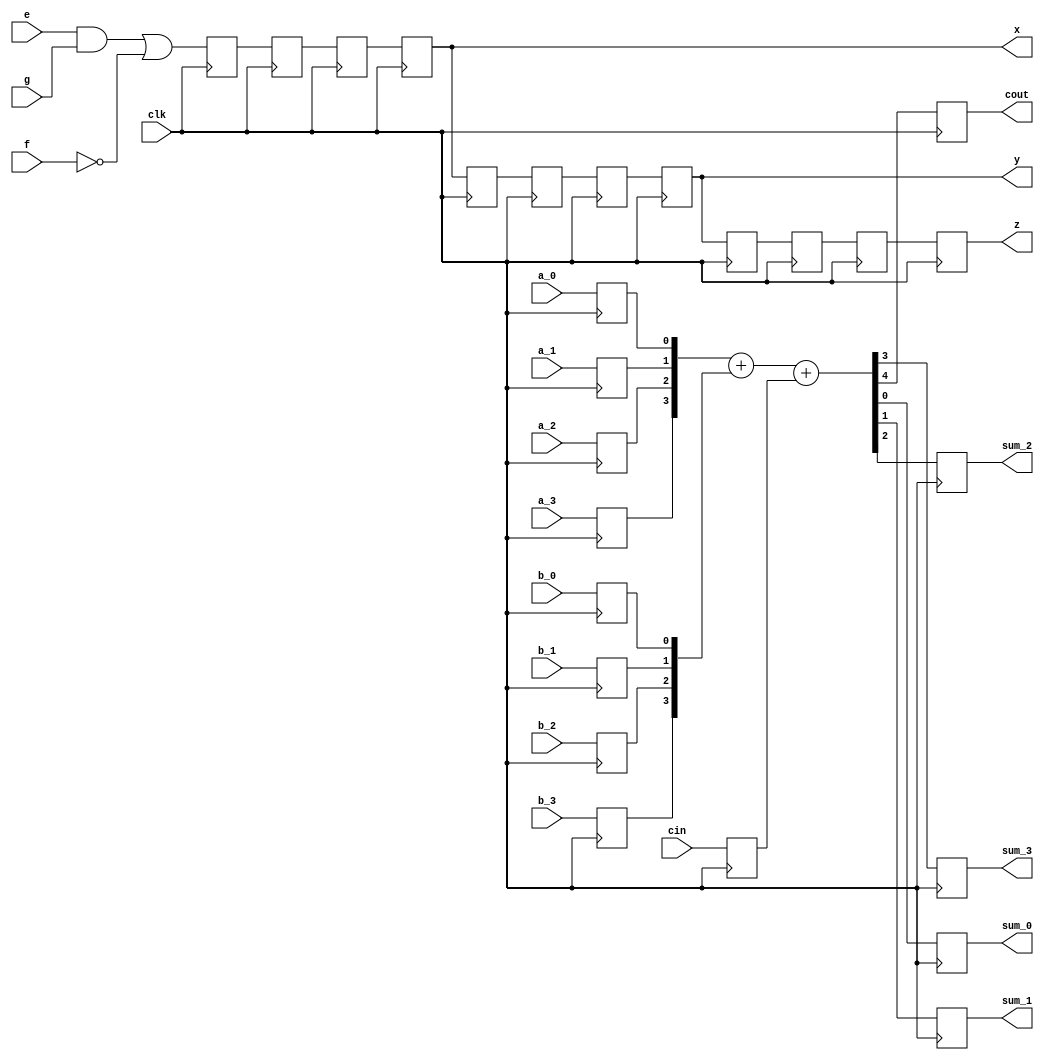
// This program was cloned from: https://github.com/lnis-uofu/OpenFPGA
// License: MIT License

////////////////////////////////////////////////////////
//                                                    //
//    Benchmark using all modes of k8 architecture    //
//                                                    //
////////////////////////////////////////////////////////

`timescale 1 ns/ 1 ps

module test_modes(
	clk,
	a_0,
	a_1,
	a_2,
	a_3,
	b_0,
	b_1,
	b_2,
	b_3,
	cin,
	e,
	f,
	g,
	sum_0,
	sum_1,
	sum_2,
	sum_3,
	cout,
	x,
	y,
	z );

	input wire clk, a_0, a_1, a_2, a_3, b_0, b_1, b_2, b_3, cin, e, f, g;
	output reg sum_0, sum_1, sum_2, sum_3, cout;
	output wire x, y, z;

	wire d0;
	wire [4:0] n0;
	wire [3:0] a, b;
	reg reg0, reg1, reg2, reg3, reg4, reg5, reg6, reg7, reg8, reg9, reg10, reg11, reg_a_0, reg_a_1, reg_a_2, reg_a_3, reg_b_0, reg_b_1, reg_b_2, reg_b_3, reg_cin;

	assign a = {reg_a_3, reg_a_2, reg_a_1, reg_a_0};
	assign b = {reg_b_3, reg_b_2, reg_b_1, reg_b_0};
	assign d0 = (e && g) || !f;
	assign n0 = a + b + reg_cin;
	assign x = reg3;
	assign y = reg7;
	assign z = reg11;

	always @(posedge clk) begin
		reg0 <= d0;
		reg1 <= reg0;
		reg2 <= reg1;
		reg3 <= reg2;
		reg4 <= reg3;
		reg5 <= reg4;
		reg6 <= reg5;
		reg7 <= reg6;
		reg8 <= reg7;
		reg9 <= reg8;
		reg10 <= reg9;
		reg11 <= reg10;
		reg_a_0 <= a_0;
		reg_a_1 <= a_1;
		reg_a_2 <= a_2;
		reg_a_3 <= a_3;
		reg_b_0 <= b_0;
		reg_b_1 <= b_1;
		reg_b_2 <= b_2;
		reg_b_3 <= b_3;
		reg_cin <= cin;
		sum_0 <= n0[0];
		sum_1 <= n0[1];
		sum_2 <= n0[2];
		sum_3 <= n0[3];
		cout <= n0[4];
	end

endmodule